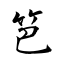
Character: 笆